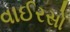
વાઈરસો